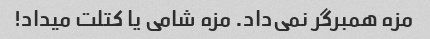
مزه همبرگر نمی‌داد. مزه شامی یا کتلت میداد!